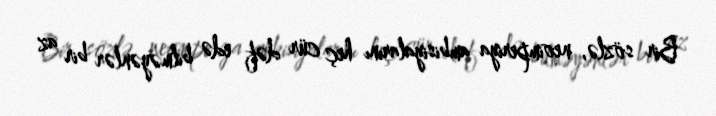
Bir sözlə, neoimperiya ambisiyalarını heç cür dəf edə bilməyənlər bir az